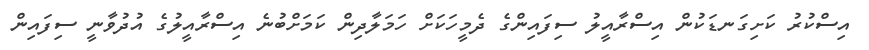
އިސްކުރު ކަށިގަނޑަކުން އިސްރާއީލު ސިފައިންގެ ދެމީހަކަށް ހަމަލާދިން ކަމަށްބުނެ އިސްރާއީލުގެ އުދުވާނީ ސިފައިން